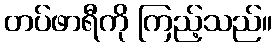
တပ်ဖာရီကို ကြည့်သည်။